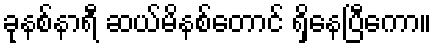
ခုနစ်နာရီ ဆယ်မိနစ်တောင် ရှိနေပြီကော။